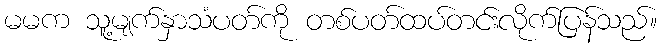
မမက သူ့မျက်နှာသံပတ်ကို တစ်ပတ်ထပ်တင်းလိုက်ပြန်သည်။